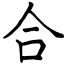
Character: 合